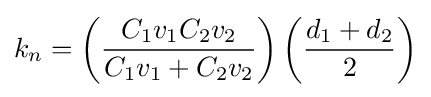
k_{n}=\left({\frac {C_{1}v_{1}C_{2}v_{2}}{C_{1}v_{1}+C_{2}v_{2}}}\right)\left({\frac {d_{1}+d_{2}}{2}}\right)